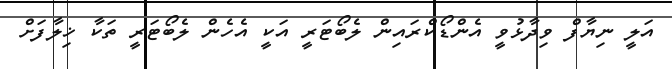
އަލީ ނިޔާފް ވިދާޅުވީ އެންޑޯކްރައިން ލެބޯޓަރީ އަކީ އެހެން ލެބޯޓަރީ ތަކާ ޚިލާފަށް